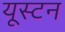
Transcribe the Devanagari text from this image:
यूस्टन